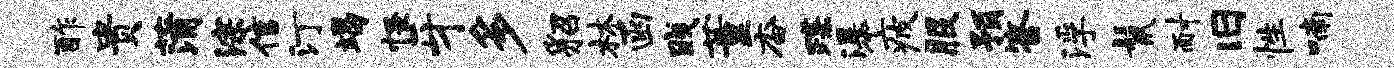
酢贵蒲淙信汀竭怪牙多貂林函贱董杳蹀瀑疲服预答浮鬣耐旧性喃